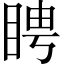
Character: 䀻